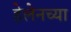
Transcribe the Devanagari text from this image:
हेलेनच्या